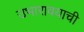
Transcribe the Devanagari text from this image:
उभारावयाची